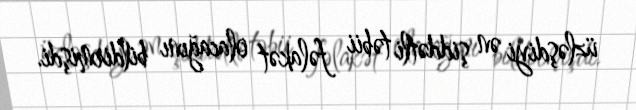
üzləşdiyi ən şiddətli təbii fəlakət olacağını bildirmişdi.